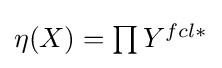
{\textstyle \eta (X)=\prod Y^{fcl\ast }}